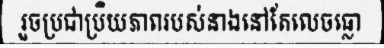
រួចប្រជាប្រិយភាពរបស់នាងនៅតែលេចធ្លោ